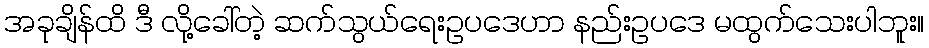
အခုချိန်ထိ ဒီ လို့ခေါ်တဲ့ ဆက်သွယ်ရေးဥပဒေဟာ နည်းဥပဒေ မထွက်သေးပါဘူး။